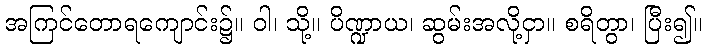
အကြင်တောရကျောင်း၌။ ဝါ၊ သို့။ ပိဏ္ဍာယ၊ ဆွမ်းအလို့ငှာ။ စရိတွာ၊ ပြီး၍။